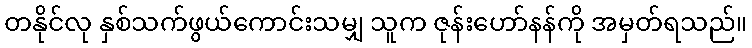
တနိုင်လု နှစ်သက်ဖွယ်ကောင်းသမျှ သူက ဇုန်းဟော်နန်ကို အမှတ်ရသည်။